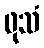
ဖုသံ